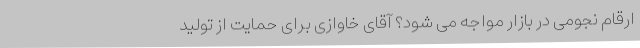
ارقام نجومی در بازار مواجه می شود؟ آقای خاوازی برای حمایت از تولید